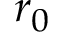
r _ { 0 }